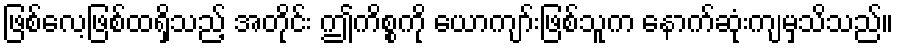
ဖြစ်လေ့ဖြစ်ထရှိသည့် အတိုင်း ဤကိစ္စကို ယောကျာ်းဖြစ်သူက နောက်ဆုံးကျမှသိသည်။